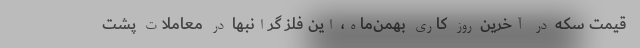
قیمت سکه در آخرین روز کاری بهمن‌ماه‌، این فلز گرانبها در معاملات پشت